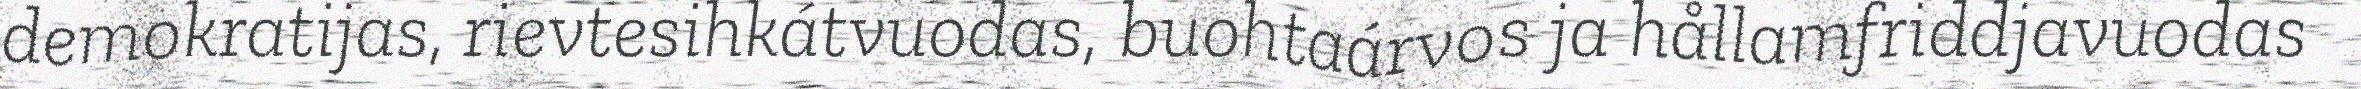
demokratijas, rievtesihkátvuodas, buohtaárvos ja hållamfriddjavuodas